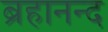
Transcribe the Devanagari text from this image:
ब्रहानन्द